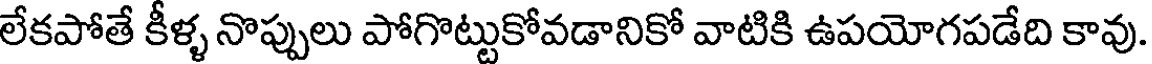
లేకపోతే కీళ్ళ నొప్పులు పోగొట్టుకోవడానికో వాటికి ఉపయోగపడేది కావు